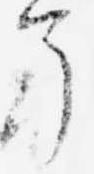
了